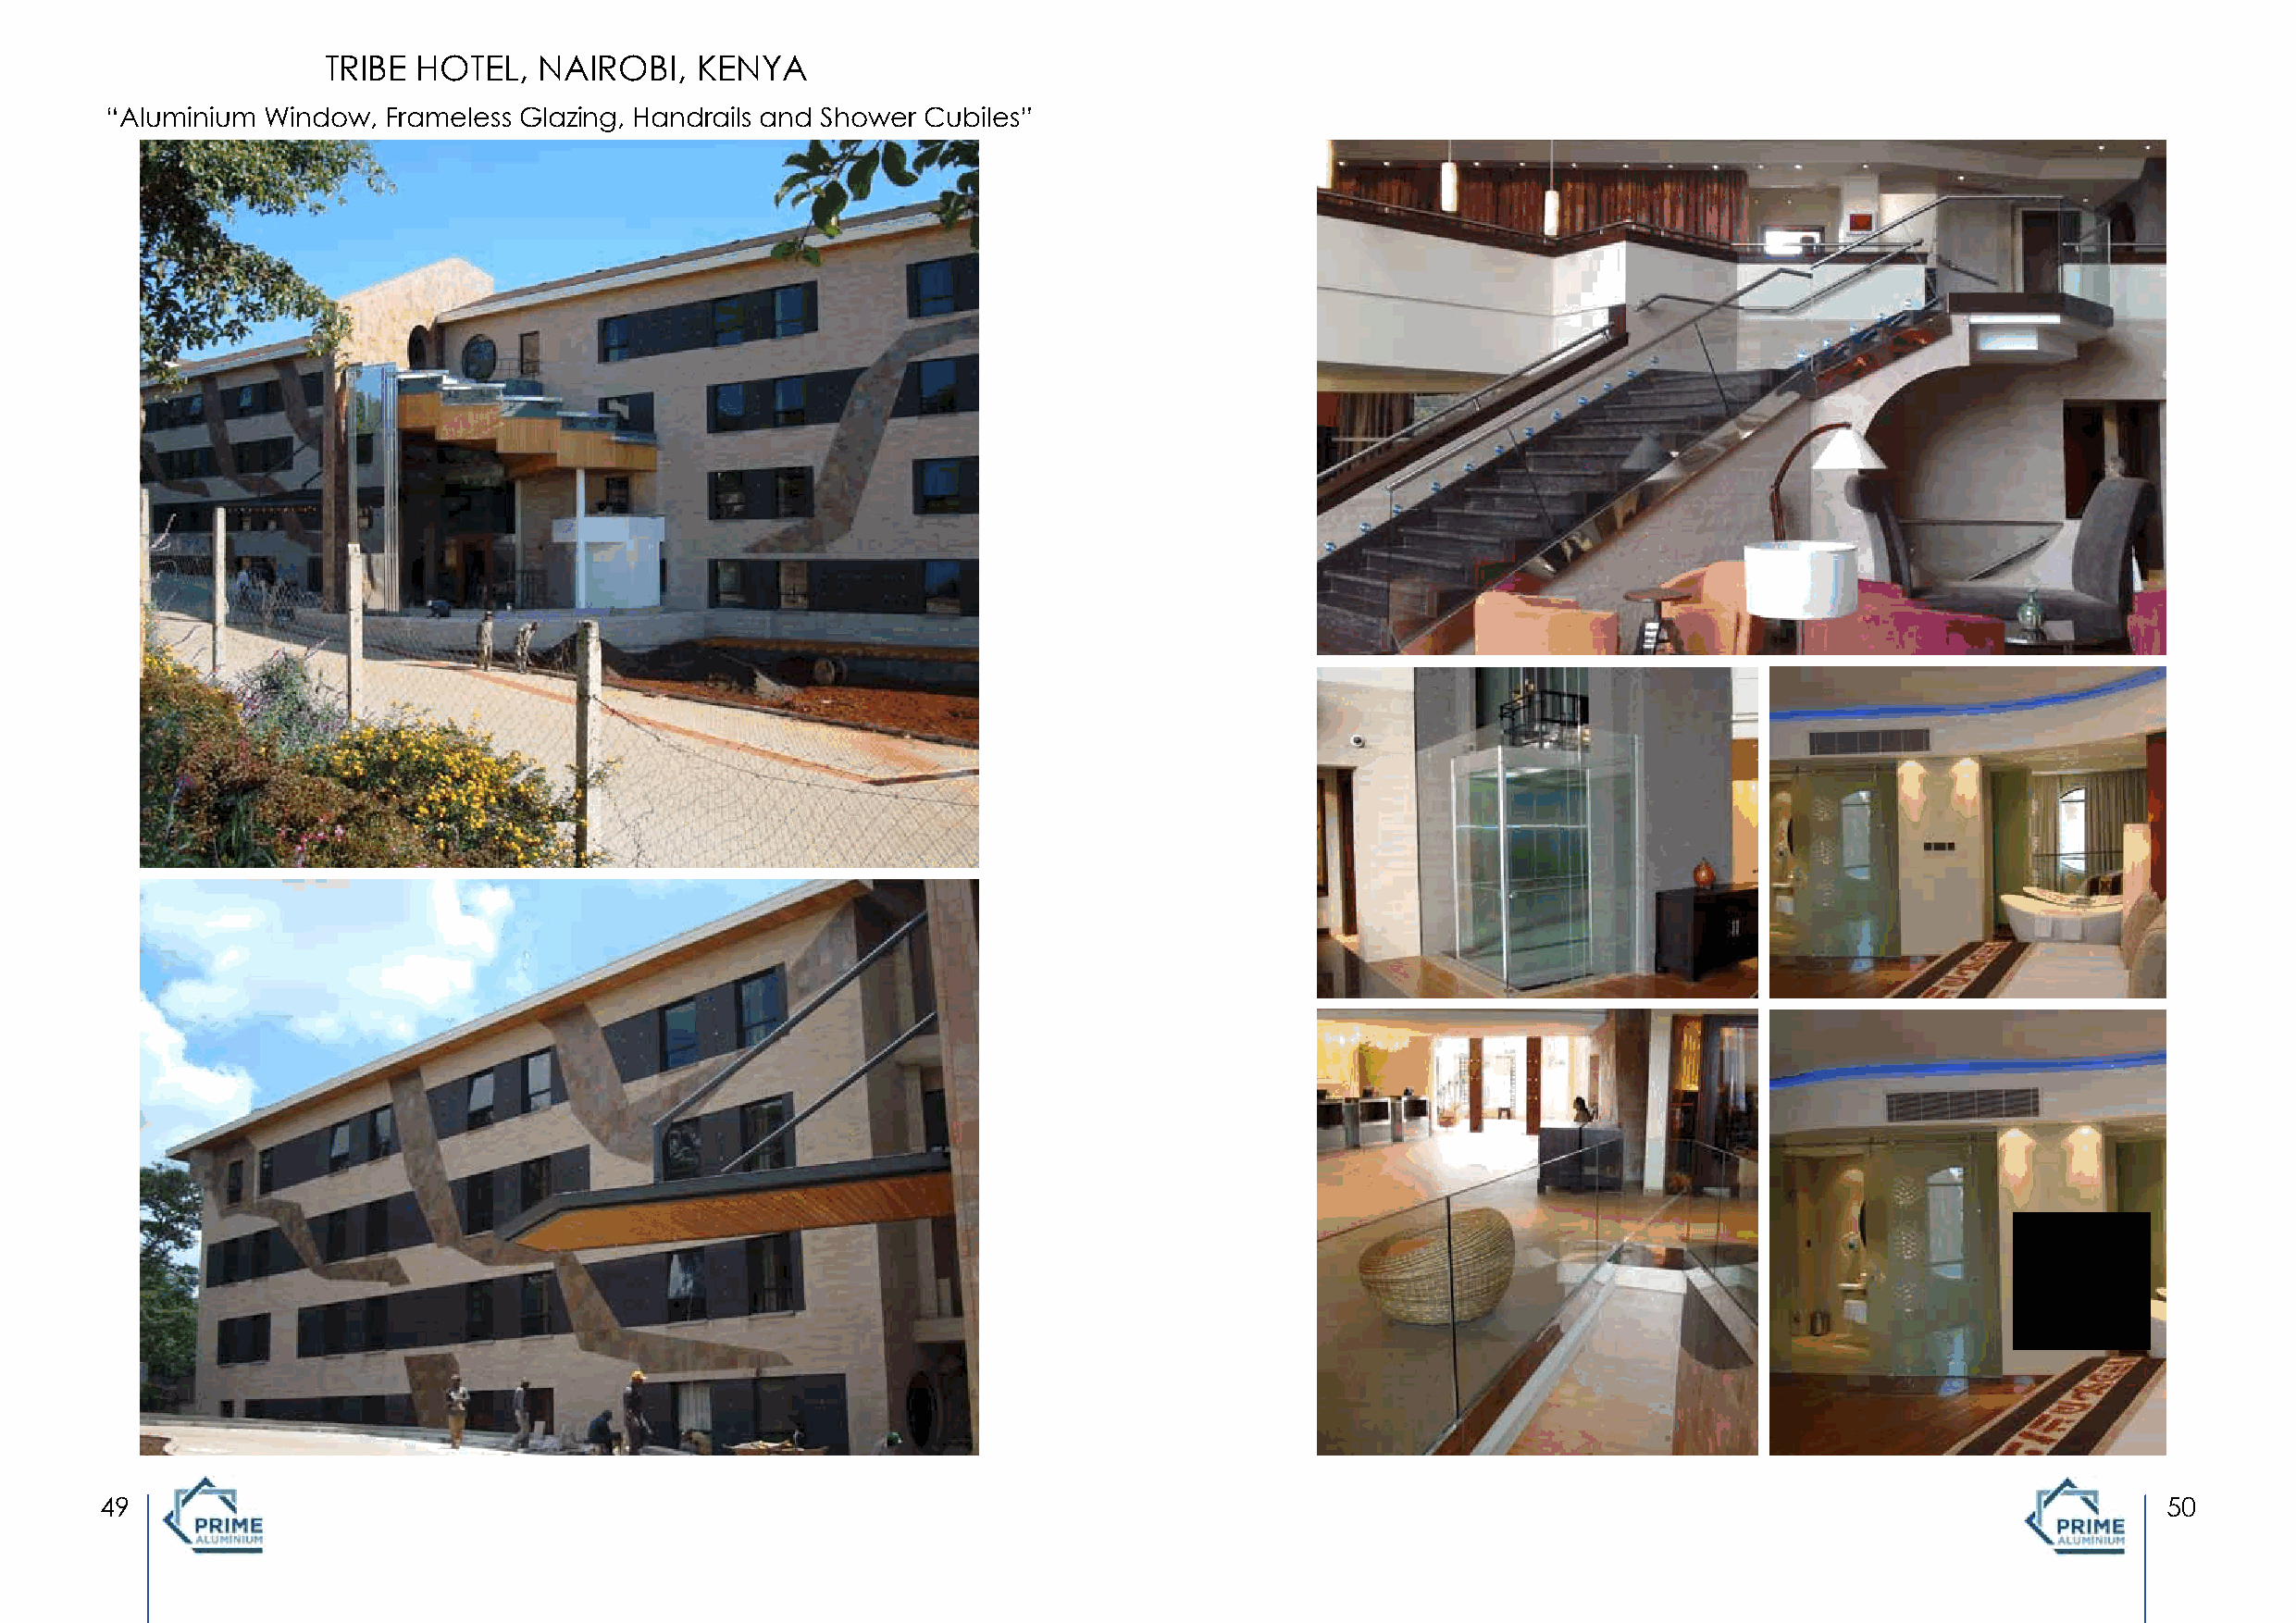
TRIBE  HOTEL,   NAIROBI,   KENYA
 “Aluminium Window,  Frameless Glazing, Handrails and Shower Cubiles”
 49                                                                                                                                                  50